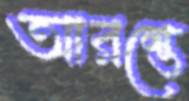
আরম্ভে